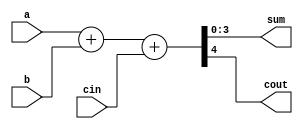

module Add4(sum,cout,a,b,cin);

	input [3:0] a,b;
	input cin;
	output cout;
	output [3:0] sum;
	assign {cout, sum} = a + b + cin;
	
endmodule